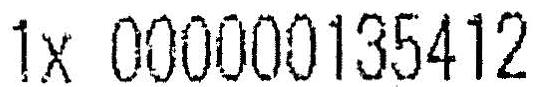
1X 000000135412